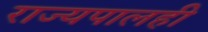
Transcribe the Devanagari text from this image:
राज्यपालही